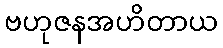
ဗဟုဇနအဟိတာယ